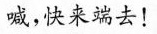
喊，快来端去！